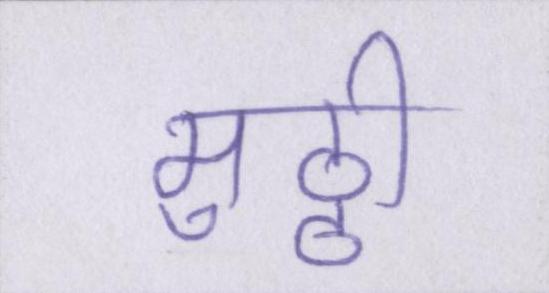
मुठ्ठी